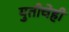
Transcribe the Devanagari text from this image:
युतीचेही